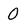
Character: 0